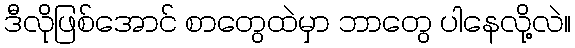
ဒီလိုဖြစ်အောင် စာတွေထဲမှာ ဘာတွေ ပါနေလို့လဲ။